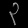
Digit: ၃